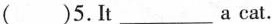
( )5.It___a cat.